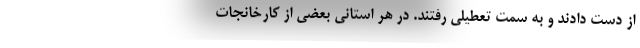
از دست دادند و به سمت تعطیلی رفتند. در هر استانی بعضی از کارخانجات